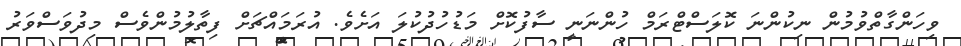
ވިހަންގާތްވުމުން ނިކުންނަ ކޮލަސްޓްރަމް ހުންނަނީ ސާފުކޮށް މަޑުހުދުކުލަ އަށެވެ. އުރަަމައްޗަށް ފިތާލުމުންވެސް މިދުވަސްވަރު